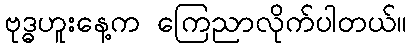
ဗုဒ္ဓဟူးနေ့က ကြေညာလိုက်ပါတယ်။